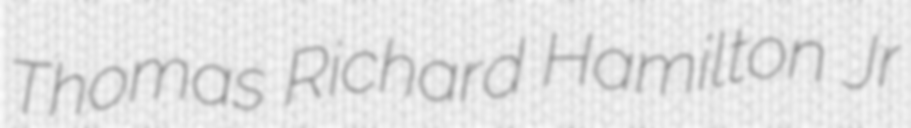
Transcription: Thomas Richard Hamilton Jr